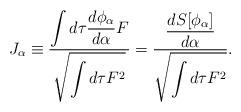
LaTeX: \begin{align*}J_\alpha \equiv {\displaystyle \int d\tau {d \phi_\alpha \over d\alpha}F\over \displaystyle\sqrt{\int d\tau F^2}}= {\displaystyle{d S[\phi_\alpha] \over d\alpha} \over\displaystyle\sqrt{\int d\tau F^2}}.\end{align*}